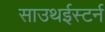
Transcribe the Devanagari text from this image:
साउथईस्टर्न